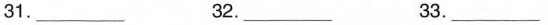
31.___ 32.___ 33.___